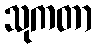
သုကတာ